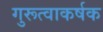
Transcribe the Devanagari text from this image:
गुरूत्वाकर्षक